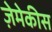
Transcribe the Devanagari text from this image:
ज़ेमेकीस